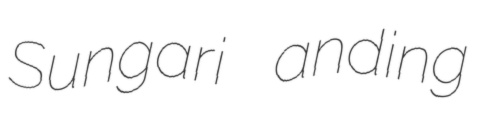
Sungari anding